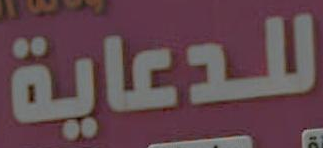
للدعاية